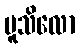
မူသိလော